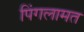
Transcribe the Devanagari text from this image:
पिंगलामत